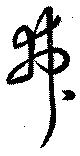
弗